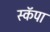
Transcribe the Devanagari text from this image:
स्कॅपा